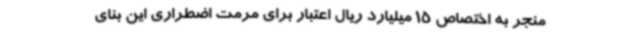
منجر به اختصاص 15 میلیارد ریال اعتبار برای مرمت اضطراری این بنای